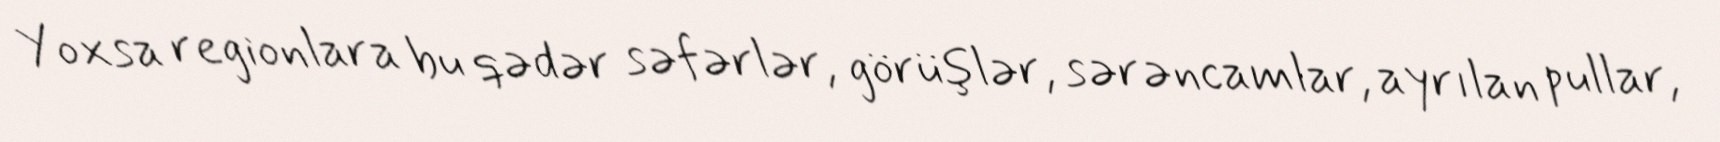
Yoxsa regionlara bu qədər səfərlər, görüşlər, sərəncamlar, ayrılan pullar,